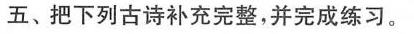
五、把下列古诗补充完整，并完成练习。